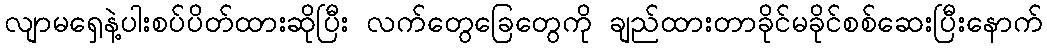
လျာမရှေနဲ့ပါးစပ်ပိတ်ထားဆိုပြီး လက်တွေခြေတွေကို ချည်ထားတာခိုင်မခိုင်စစ်ဆေးပြီးနောက်